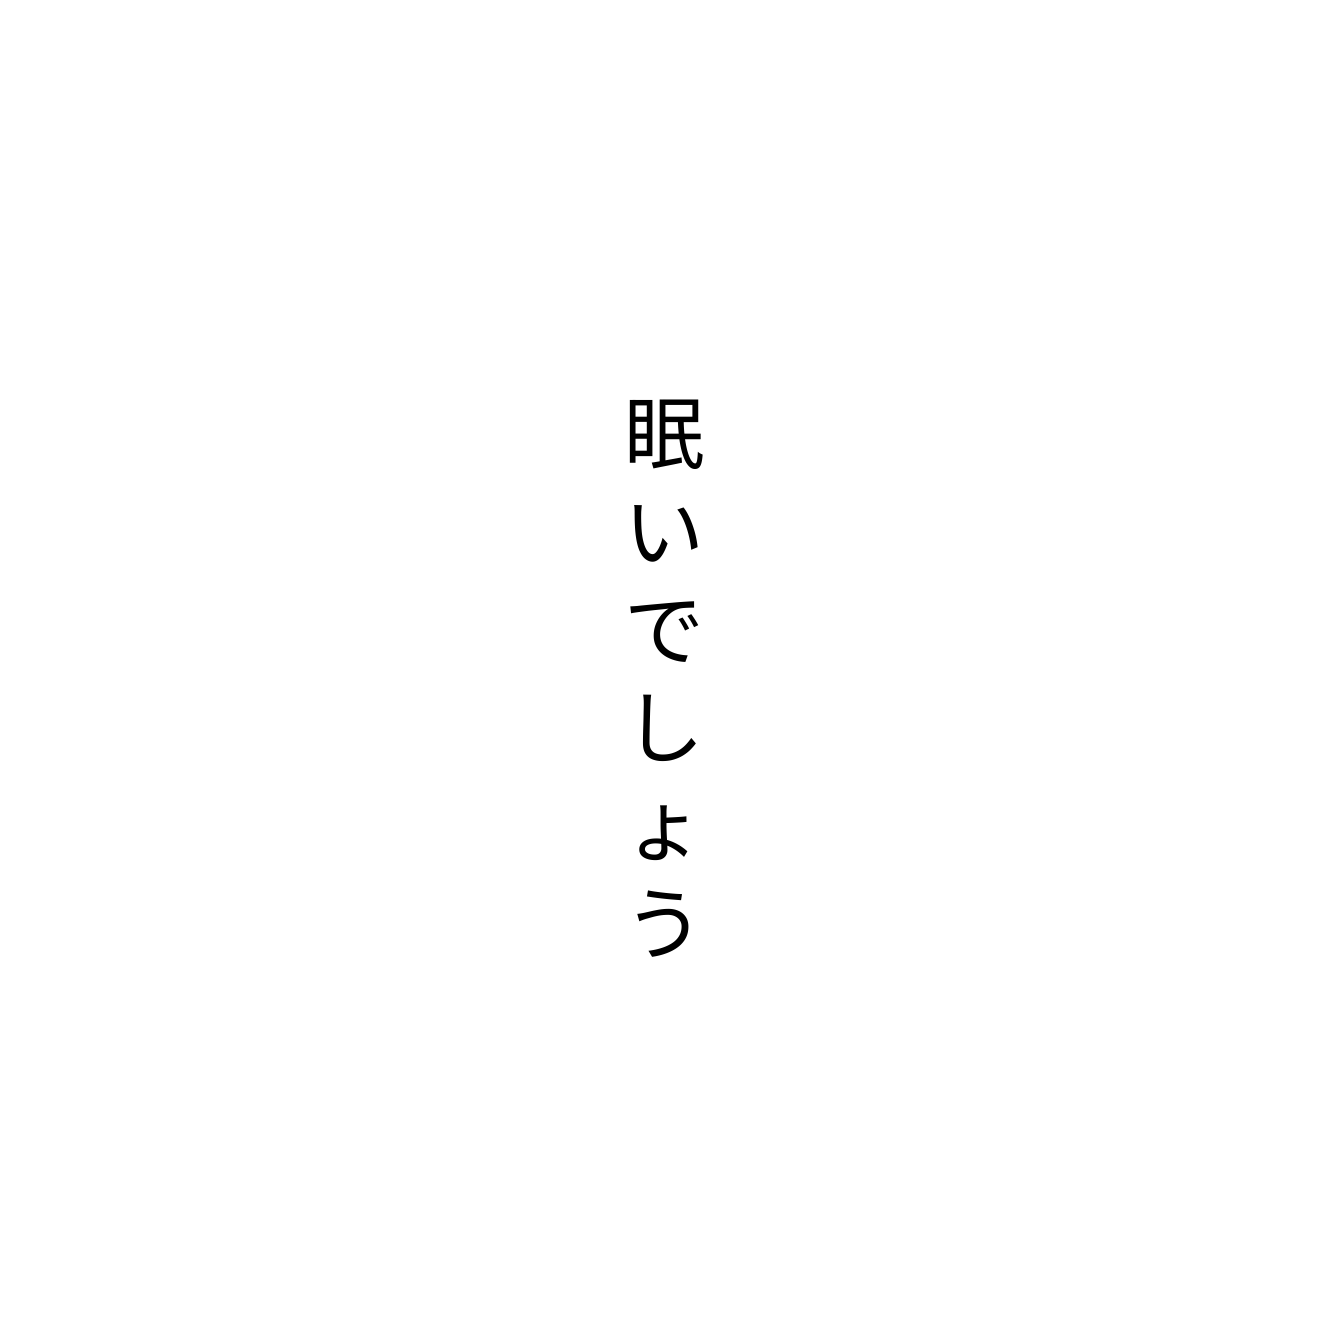
眠いでしょう